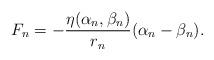
LaTeX: \begin{align*} F_n=-\frac{\eta(\alpha_n,\beta_n)}{r_n}(\alpha_n-\beta_n).\end{align*}